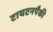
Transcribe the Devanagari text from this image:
टायटनपैकी